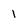
Character: 1